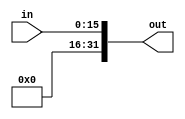
`timescale 1ns / 1ps
//////////////////////////////////////////////////////////////////////////////////
// Company: 
// Engineer: 
// 
// Design Name: 
// Module Name: ZeroExtension
// Project Name: 
// Target Devices: 
// Tool Versions: 
// Description: 
// 
// Dependencies: 
// 
// Revision:
// Revision 0.01 - File Created
// Additional Comments:
// 
//////////////////////////////////////////////////////////////////////////////////


module ZeroExtension(in, out);
    input [15:0] in;
    output [31:0] out;
    assign out = {{16{1'b0}}, in};
endmodule